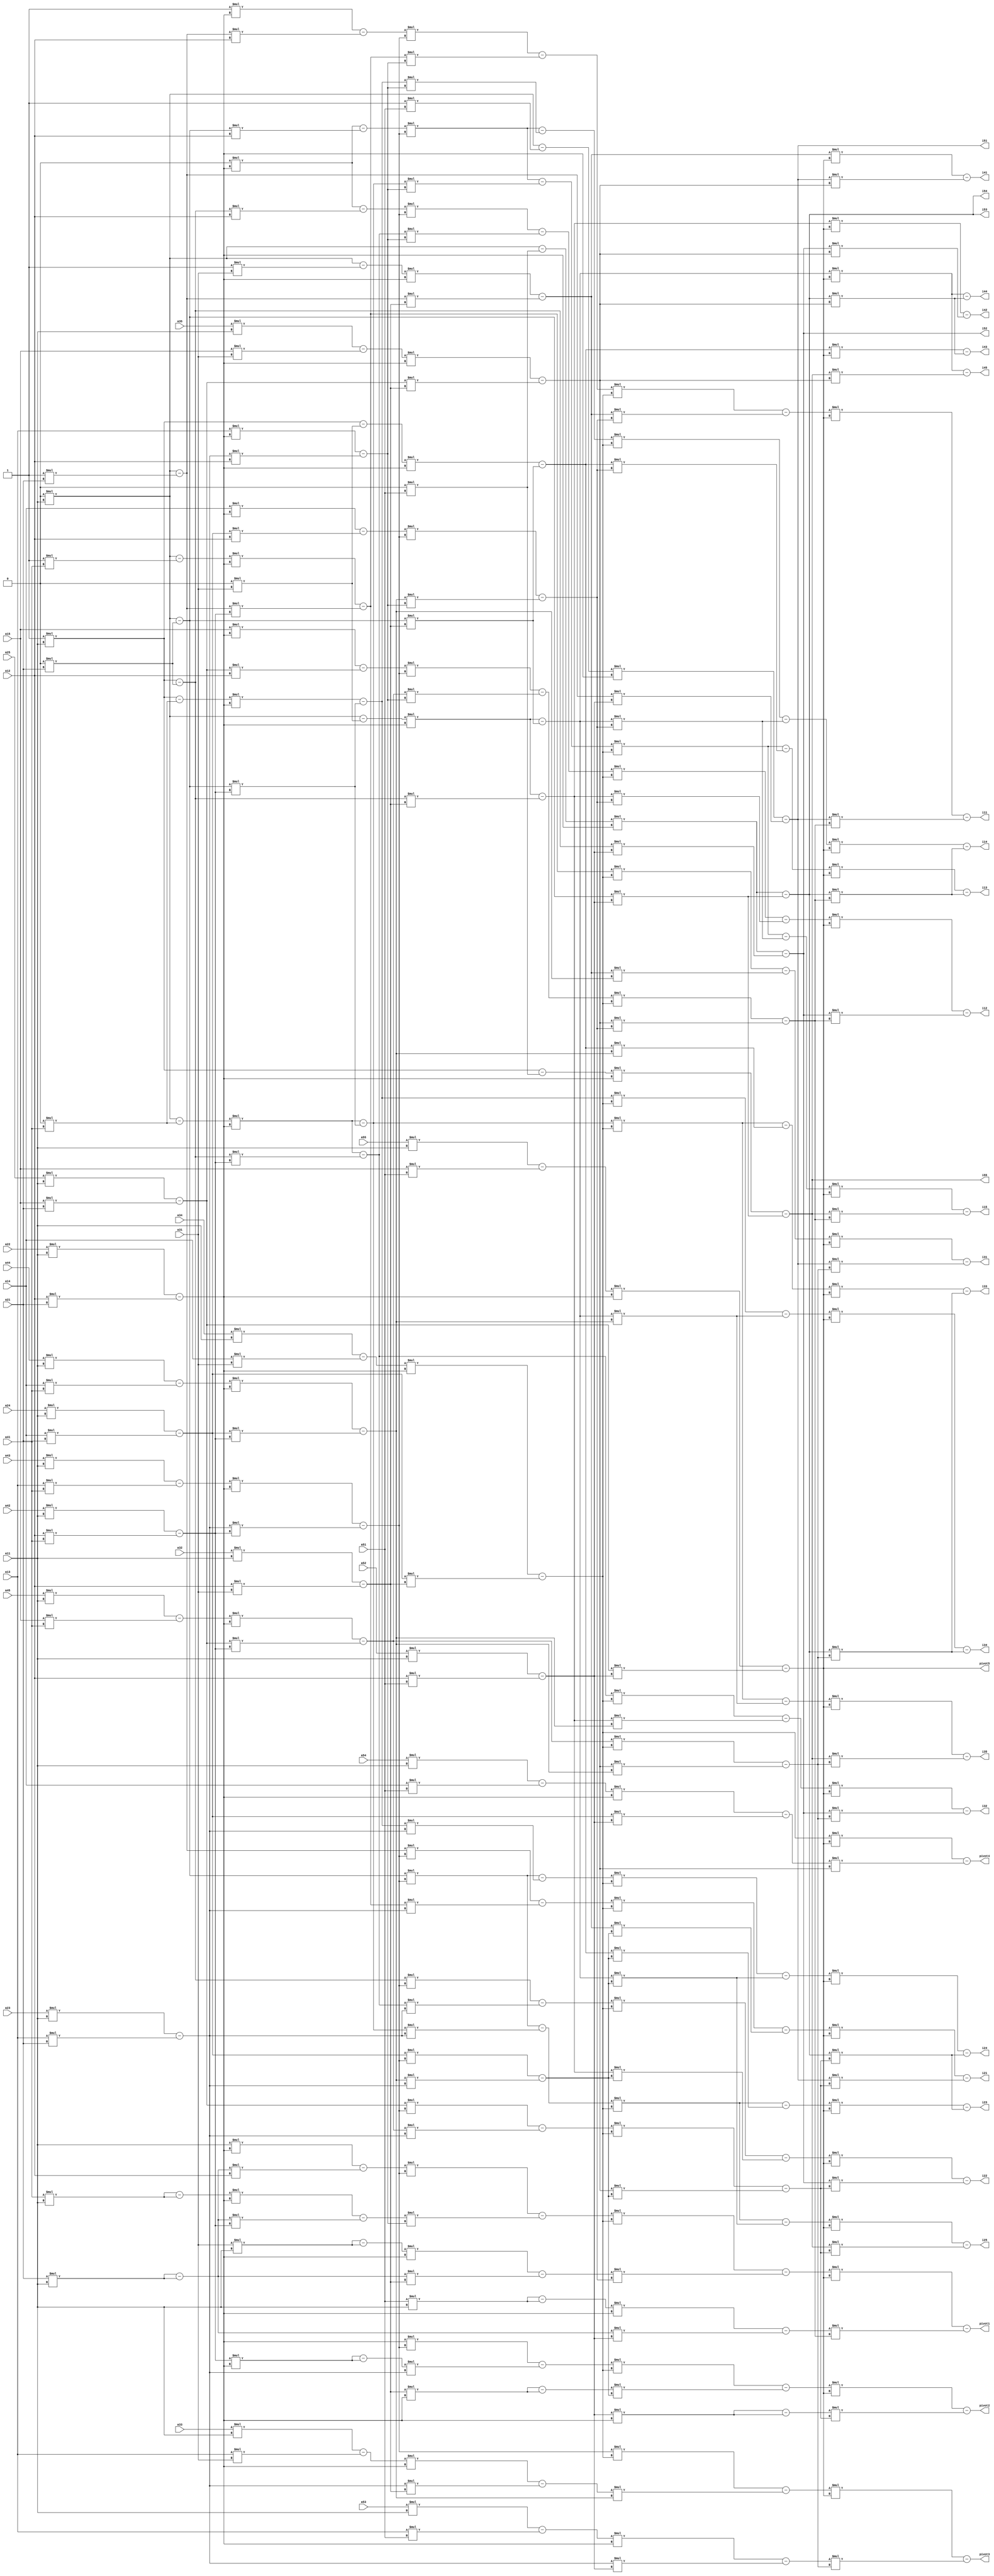
`timescale 1ns / 1ps

/*

LA SUBMISSION :: MATRIX INVERSE
NAME: PANKTI VADALIA
ROLL: 201501068

The output represents i matrix whose resepctive rows should be divided with their pivots to get correct vsalue of inverse

*/



module matrx_inv(a11, a12, a13, a14, a15, a21, a22, a23, a24,a25, a31, a32, a33, a34, a35, 
a41, a42, a43, a44, a45, a51, a52, a53, a54, a55, i11, i12, i13, i14, i15, i21, i22,i23, i24,i25, i31, i32, i33, i34, i35, 
i41, i42, i43, i44, i45, i51, i52, i53, i54, i55, pivot1, pivot2, pivot3, pivot4, pivot5 );

input [31:0] a11, a12, a13, a14, a15, a21, a22, a23, a24,a25, a31, a32, a33, a34, a35, 
a41, a42, a43, a44, a45, a51, a52, a53, a54, a55;

output [31:0]i11, i12, i13, i14, i15, i21, i22,i23, i24,i25, i31, i32, i33, i34, i35, 
i41, i42, i43, i44, i45, i51, i52, i53, i54, i55,pivot1, pivot2, pivot3, pivot4, pivot5;


wire [31:0]it21,it22,it23,it24,it25,
it11,it12,it13,it14,it15,
it31,it32,it33,it34,it35,
it41,it42,it43,it44,it45,
it51,it52,it53,it54,it55,
it131,it132,it133,it134,it135,
it141,it142,it143,it144,it145,
it111,it112,it113,it114,it115,
it151,it152,it153,it154,it155,    
it211,it212,it213,it214,it215,    
it221,it222,it223,it224,it225,
it321,it322,it323,it324,it325,
it311,it312,it313,it314,it315,
it331,it332,it333,it334,it335,
it411,it412,it413,it414,it415,
it421,it422,it423,it424,it425,
it431,it432,it433,it434,it435,
it441,it442,it443,it444,it445,
itout21,itout22,itout23,itout24,itout25,
itout11,itout12,itout13,itout14,itout15,
itout31,itout32,itout33,itout34,itout35,
itout41,itout42,itout43,itout44,itout45,
itout51,itout52,itout53,itout54,itout55,
itout131,itout132,itout133,itout134,itout135,
itout141,itout142,itout143,itout144,itout145,
itout111,itout112,itout113,itout114,itout115,
itout151,itout152,itout153,itout154,itout155,    
itout211,itout212,itout213,itout214,itout215,    
itout221,itout222,itout223,itout224,itout225,
itout321,itout322,itout323,itout324,itout325,
itout311,itout312,itout313,itout314,itout315,
itout331,itout332,itout333,itout334,itout335,
itout411,itout412,itout413,itout414,itout415,
itout421,itout422,itout423,itout424,itout425,
itout431,itout432,itout433,itout434,itout435,
itout441,itout442,itout443,itout444,itout445,
aout11,aout12,aout13,aout14,aout15,
aout21,aout22,aout23,aout24,aout25,
aout31,aout32,aout33,aout34,aout35,
aout41,aout42,aout43,aout44,aout45,
aout51,aout52,aout53,aout54,aout55;

assign aout11= 32'b00000000000000000000000000000001;
assign aout12= 32'b00000000000000000000000000000000;
assign aout13= 32'b00000000000000000000000000000000;
assign aout14= 32'b00000000000000000000000000000000;
assign aout15= 32'b00000000000000000000000000000000;
assign aout21= 32'b00000000000000000000000000000000;
assign aout22= 32'b00000000000000000000000000000001;
assign aout23= 32'b00000000000000000000000000000000;
assign aout24= 32'b00000000000000000000000000000000;
assign aout25= 32'b00000000000000000000000000000000;
assign aout31= 32'b00000000000000000000000000000000;
assign aout32= 32'b00000000000000000000000000000000;
assign aout33= 32'b00000000000000000000000000000001;
assign aout34= 32'b00000000000000000000000000000000;
assign aout35= 32'b00000000000000000000000000000000;
assign aout41= 32'b00000000000000000000000000000000;
assign aout42= 32'b00000000000000000000000000000000;
assign aout43= 32'b00000000000000000000000000000000;
assign aout44= 32'b00000000000000000000000000000001;
assign aout45= 32'b00000000000000000000000000000000;
assign aout51= 32'b00000000000000000000000000000000;
assign aout52= 32'b00000000000000000000000000000000;
assign aout53= 32'b00000000000000000000000000000000;
assign aout54= 32'b00000000000000000000000000000000;
assign aout55= 32'b00000000000000000000000000000001;

//	ROW TRANSFORMS A-I
//first pivot
assign it21 = (a21 * a11) - (a11 * a21);
assign it22 = (a22 * a11) - (a12 * a21);
assign it23 = (a23 * a11) - (a13 * a21);
assign it24 = (a24 * a11) - (a14 * a21);
assign it25 = (a25 * a11) - (a15 * a21);

assign it31 = (a31 * a11) - (a11 * a31);
assign it32 = (a32 * a11) - (a12 * a31);
assign it33 = (a33 * a11) - (a13 * a31);
assign it34 = (a34 * a11) - (a14 * a31);
assign it35 = (a35 * a11) - (a15 * a31);

assign it41 = (a41 * a11) - (a11 * a41);
assign it42 = (a42 * a11) - (a12 * a41);
assign it43 = (a43 * a11) - (a13 * a41);
assign it44 = (a44 * a11) - (a14 * a41);
assign it45 = (a45 * a11) - (a15 * a41);

assign it51 = (a51 * a11) - (a11 * a51);
assign it52 = (a52 * a11) - (a12 * a51);
assign it53 = (a53 * a11) - (a13 * a51);
assign it54 = (a54 * a11) - (a14 * a51);
assign it55 = (a55 * a11) - (a15 * a51);

//For identity  I-A'
assign itout21 = (aout21 * a11) - (aout11 * a21);
assign itout22 = (aout22 * a11) - (aout12 * a21);
assign itout23 = (aout23 * a11) - (aout13 * a21);
assign itout24 = (aout24 * a11) - (aout14 * a21);
assign itout25 = (aout25 * a11) - (aout15 * a21);

assign itout31 = (aout31 * a11) - (aout11 * a31);
assign itout32 = (aout32 * a11) - (aout12 * a31);
assign itout33 = (aout33 * a11) - (aout13 * a31);
assign itout34 = (aout34 * a11) - (aout14 * a31);
assign itout35 = (aout35 * a11) - (aout15 * a31);

assign itout41 = (aout41 * a11) - (aout11 * a41);
assign itout42 = (aout42 * a11) - (aout12 * a41);
assign itout43 = (aout43 * a11) - (aout13 * a41);
assign itout44 = (aout44 * a11) - (aout14 * a41);
assign itout45 = (aout45 * a11) - (aout15 * a41);

assign itout51 = (aout51 * a11) - (aout11 * a51);
assign itout52 = (aout52 * a11) - (aout12 * a51);
assign itout53 = (aout53 * a11) - (aout13 * a51);
assign itout54 = (aout54 * a11) - (aout14 * a51);
assign itout55 = (aout55 * a11) - (aout15 * a51);


///now second pivot
assign it111 = (a11 * it22) - (it21 *a12);
assign it112 = (a12 * it22) - (it22 * a12);
assign it113 = (a13 * it22) - (it23 * a12);
assign it114 = (a14 * it22) - (it24 * a12);
assign it115 = (a15 * it22) - (it25 * a12);


assign it131 = (it31 * it22) - (it21 *it32);
assign it132 = (it32 * it22) - (it22 * it32);
assign it133 = (it33 * it22) - (it23 * it32);
assign it134 = (it34 * it22) - (it24 * it32);
assign it135 = (it35 * it22) - (it25 * it32);

assign it141 = (it41 * it22) - (it21 *it42);
assign it142 = (it42 * it22) - (it22 * it42);
assign it143 = (it43 * it22) - (it23 * it42);
assign it144 = (it44 * it22) - (it24 * it42);
assign it145 = (it45 * it22) - (it25 * it42);

assign it151 = (it51 * it22) - (it21 *it52);
assign it152 = (it52 * it22) - (it22 * it52);
assign it153 = (it53 * it22) - (it23 * it52);
assign it154 = (it54 * it22) - (it24 * it52);
assign it155 = (it55 * it22) - (it25 * it52);


//for identity
assign itout111 = (aout11 * it22) -  (itout21 *a12);
assign itout112 = (aout12 * it22) - (itout22 * a12);
assign itout113 = (aout13 * it22) - (itout23 * a12);
assign itout114 = (aout14 * it22) - (itout24 * a12);
assign itout115 = (aout15 * it22) - (itout25 * a12);


assign itout131 = (itout31 * it22) - (itout21 *it32);
assign itout132 = (itout32 * it22) - (itout22 * it32);
assign itout133 = (itout33 * it22) - (itout23 * it32);
assign itout134 = (itout34 * it22) - (itout24 * it32);
assign itout135 = (itout35 * it22) - (itout25 * it32);

assign itout141 = (itout41 * it22) - (itout21 *it42);
assign itout142 = (itout42 * it22) - (itout22 * it42);
assign itout143 = (itout43 * it22) - (itout23 * it42);
assign itout144 = (itout44 * it22) - (itout24 * it42);
assign itout145 = (itout45 * it22) - (itout25 * it42);

assign itout151 = (itout51 * it22) - (itout21 *it52);
assign itout152 = (itout52 * it22) - (itout22 * it52);
assign itout153 = (itout53 * it22) - (itout23 * it52);
assign itout154 = (itout54 * it22) - (itout24 * it52);
assign itout155 = (itout55 * it22) - (itout25 * it52);



//now third pivot
assign it211 = (it111 * it143) - (it141 *it113);
assign it212 = (it112 * it143) - (it142 * it113);
assign it213 = (it113 * it143) - (it143 * it113);
assign it214 = (it114 * it143) - (it144 * it113);
assign it215 = (it115 * it143) - (it145 * it113);


assign it221 = (it21 * it143) - (it141 *it23);
assign it222 = (it22 * it143) - (it142 * it23);
assign it223 = (it23 * it143) - (it143 * it23);
assign it224 = (it24 * it143) - (it144 * it23);
assign it225 = (it25 * it143) - (it145 * it23);


//for identity matrix
assign itout211 = (itout111 * it143) - (itout141 *it113);
assign itout212 = (itout112 * it143) - (itout142 * it113);
assign itout213 = (itout113 * it143) - (itout143 * it113);
assign itout214 = (itout114 * it143) - (itout144 * it113);
assign itout215 = (itout115 * it143) - (itout145 * it113);


assign itout221 = (itout21 * it143) - (itout141 *it23);
assign itout222 = (itout22 * it143) - (itout142 * it23);
assign itout223 = (itout23 * it143) - (itout143 * it23);
assign itout224 = (itout24 * it143) - (itout144 * it23);
assign itout225 = (itout25 * it143) - (itout145 * it23);



//fourth pivot
assign it311 = (it211 * it134) - (it131 *it214);
assign it312 = (it212 * it134) - (it132 * it214);
assign it313 = (it213 * it134) - (it133 * it214);
assign it314 = (it214 * it134) - (it134 * it214);
assign it315 = (it215 * it134) - (it135 * it214);

assign it321 = (it221 * it134) - (it131 *it224);
assign it322 = (it222 * it134) - (it132 * it224);
assign it323 = (it223 * it134) - (it133 * it224);
assign it324 = (it224 * it134) - (it134 * it224);
assign it325 = (it225 * it134) - (it135 * it224);

assign it331 = (it141 * it134) - (it131 *it144);
assign it332 = (it142 * it134) - (it132 * it144);
assign it333 = (it143 * it134) - (it133 * it144);
assign it334 = (it144 * it134) - (it134 * it144);
assign it335 = (it145 * it134) - (it135 * it144);

//for identity matrix
assign itout311 = (itout211 * it134) - (itout131 *it214);
assign itout312 = (itout212 * it134) - (itout132 * it214);
assign itout313 = (itout213 * it134) - (itout133 * it214);
assign itout314 = (itout214 * it134) - (itout134 * it214);
assign itout315 = (itout215 * it134) - (itout135 * it214);

assign itout321 = (itout221 * it134) - (itout131 *it224);
assign itout322 = (itout222 * it134) - (itout132 * it224);
assign itout323 = (itout223 * it134) - (itout133 * it224);
assign itout324 = (itout224 * it134) - (itout134 * it224);
assign itout325 = (itout225 * it134) - (itout135 * it224);

assign itout331 = (itout141 * it134) - (itout131 *it144);
assign itout332 = (itout142 * it134) - (itout132 * it144);
assign itout333 = (itout143 * it134) - (itout133 * it144);
assign itout334 = (itout144 * it134) - (itout134 * it144);
assign itout335 = (itout145 * it134) - (itout135 * it144);





//fifth pivot
assign it411 = (it311 * it155) - (it151 * it315);
assign it412 = (it312 * it155) - (it152 * it315);
assign it413 = (it313 * it155) - (it153 * it315);
assign it414 = (it314 * it155) - (it154 * it315);
assign it415 = (it315 * it155) - (it155 * it315);

assign it421 = (it321 * it155) - (it151 * it325);
assign it422 = (it322 * it155) - (it152 * it325);
assign it423 = (it323 * it155) - (it153 * it325);
assign it424 = (it324 * it155) - (it154 * it325);
assign it425 = (it325 * it155) - (it155 * it325);

assign it431 = (it331 * it155) - (it151 * it335);
assign it432 = (it332 * it155) - (it152 * it335);
assign it433 = (it333 * it155) - (it153 * it335);
assign it434 = (it334 * it155) - (it154 * it335);
assign it435 = (it335 * it155) - (it155 * it335);

assign it441 = (it131 * it155) - (it151 * it135);
assign it442 = (it132 * it155) - (it152 * it135);
assign it443 = (it133 * it155) - (it153 * it135);
assign it444 = (it134 * it155) - (it154 * it135);
assign it445 = (it135 * it155) - (it155 * it135);


//for id
assign itout411 = (itout311 * it155) - (itout151 * it315);
assign itout412 = (itout312 * it155) - (itout152 * it315);
assign itout413 = (itout313 * it155) - (itout153 * it315);
assign itout414 = (itout314 * it155) - (itout154 * it315);
assign itout415 = (itout315 * it155) - (itout155 * it315);

assign itout421 = (itout321 * it155) - (itout151 * it325);
assign itout422 = (itout322 * it155) - (itout152 * it325);
assign itout423 = (itout323 * it155) - (itout153 * it325);
assign itout424 = (itout324 * it155) - (itout154 * it325);
assign itout425 = (itout325 * it155) - (itout155 * it325);

assign itout431 = (itout331 * it155) - (itout151 * it335);
assign itout432 = (itout332 * it155) - (itout152 * it335);
assign itout433 = (itout333 * it155) - (itout153 * it335);
assign itout434 = (itout334 * it155) - (itout154 * it335);
assign itout435 = (itout335 * it155) - (itout155 * it335);

assign itout441 = (itout131 * it155) - (itout151 * it135);
assign itout442 = (itout132 * it155) - (itout152 * it135);
assign itout443 = (itout133 * it155) - (itout153 * it135);
assign itout444 = (itout134 * it155) - (itout154 * it135);
assign itout445 = (itout135 * it155) - (itout155 * it135);

assign i11 = itout411 ;
assign i12 = itout412 ;
assign i13 = itout413 ;
assign i14 = itout414 ;
assign i15 = itout415 ;

assign i21 = itout421 ;
assign i22 = itout422;
assign i23 = itout423 ;
assign i24 = itout424 ;
assign i25 = itout425 ;


assign i31 = itout431 ;
assign i32 = itout432 ;
assign i33 = itout433 ;
assign i34 = itout434 ;
assign i35 = itout435 ;

assign i41 = itout441 ;
assign i42 = itout442 ;
assign i43 = itout443 ;
assign i44 = itout444 ;
assign i45 = itout445 ;


assign i51 = itout151 ;
assign i52 = itout152 ;
assign i53 = itout153 ;
assign i54 = itout154 ;
assign i55 = itout155 ;

assign pivot1 = it411;
assign pivot2 = it422;
assign pivot3 = it433;
assign pivot4 = it444;
assign pivot5 = it155;

endmodule